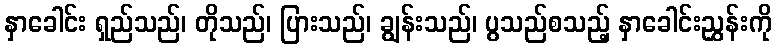
နှာခေါင်း ရှည်သည်၊ တိုသည်၊ ပြားသည်၊ ချွန်းသည်၊ ပွသည်စသည့် နှာခေါင်းညွှန်းကို